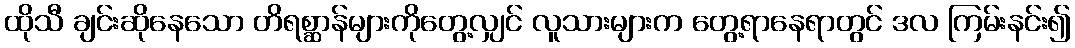
ထိုသီ ချင်းဆိုနေသော တိရစ္ဆာန်များကိုတွေ့လျှင် လူသားများက တွေ့ရာနေရာတွင် ဒလ ကြမ်းနင်း၍